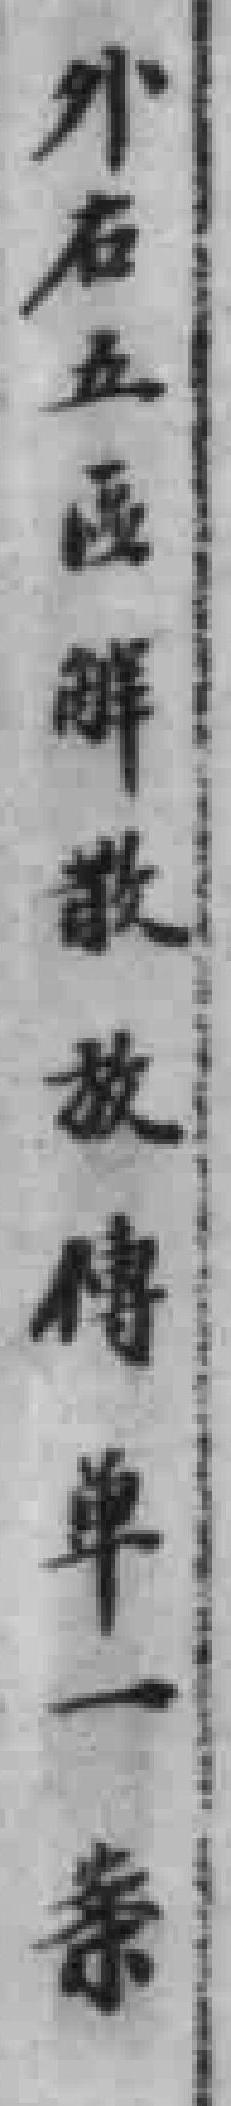
外右五區解散放傳單一案